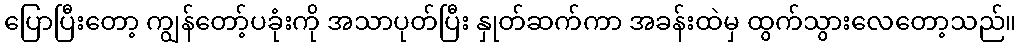
ပြောပြီးတော့ ကျွန်တော့်ပခုံးကို အသာပုတ်ပြီး နှုတ်ဆက်ကာ အခန်းထဲမှ ထွက်သွားလေတော့သည်။